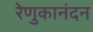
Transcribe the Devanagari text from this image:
रेणुकानंदन